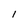
Character: l